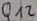
Text: Q12